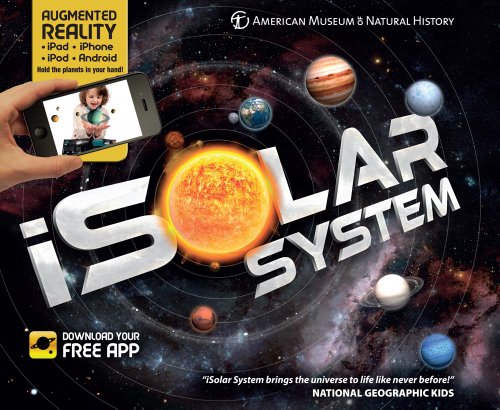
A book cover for iSolar System; Children's Books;